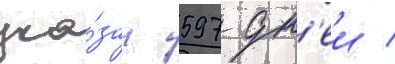
ука́зан 597 дн'еи /